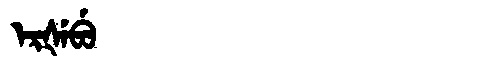
Manchu: ᡝᡵᡧᡝᠪᡠ
Romanization: ERŠEBU